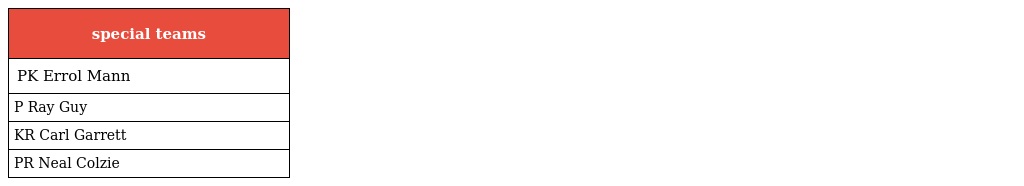
| special teams |
 | --- |
 | PK Errol Mann |
 | P Ray Guy |
 | KR Carl Garrett |
 | PR Neal Colzie |